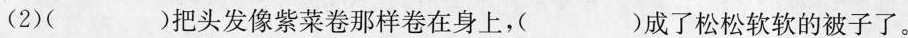
(2)()把头发像紫菜卷那样卷在身上，()成了松松软软的被子了。